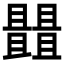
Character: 𠁠